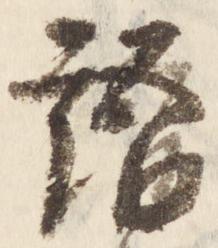
語